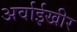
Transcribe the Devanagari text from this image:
अर्वाईखीर